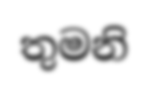
තුමනි